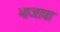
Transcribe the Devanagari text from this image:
भाजावा